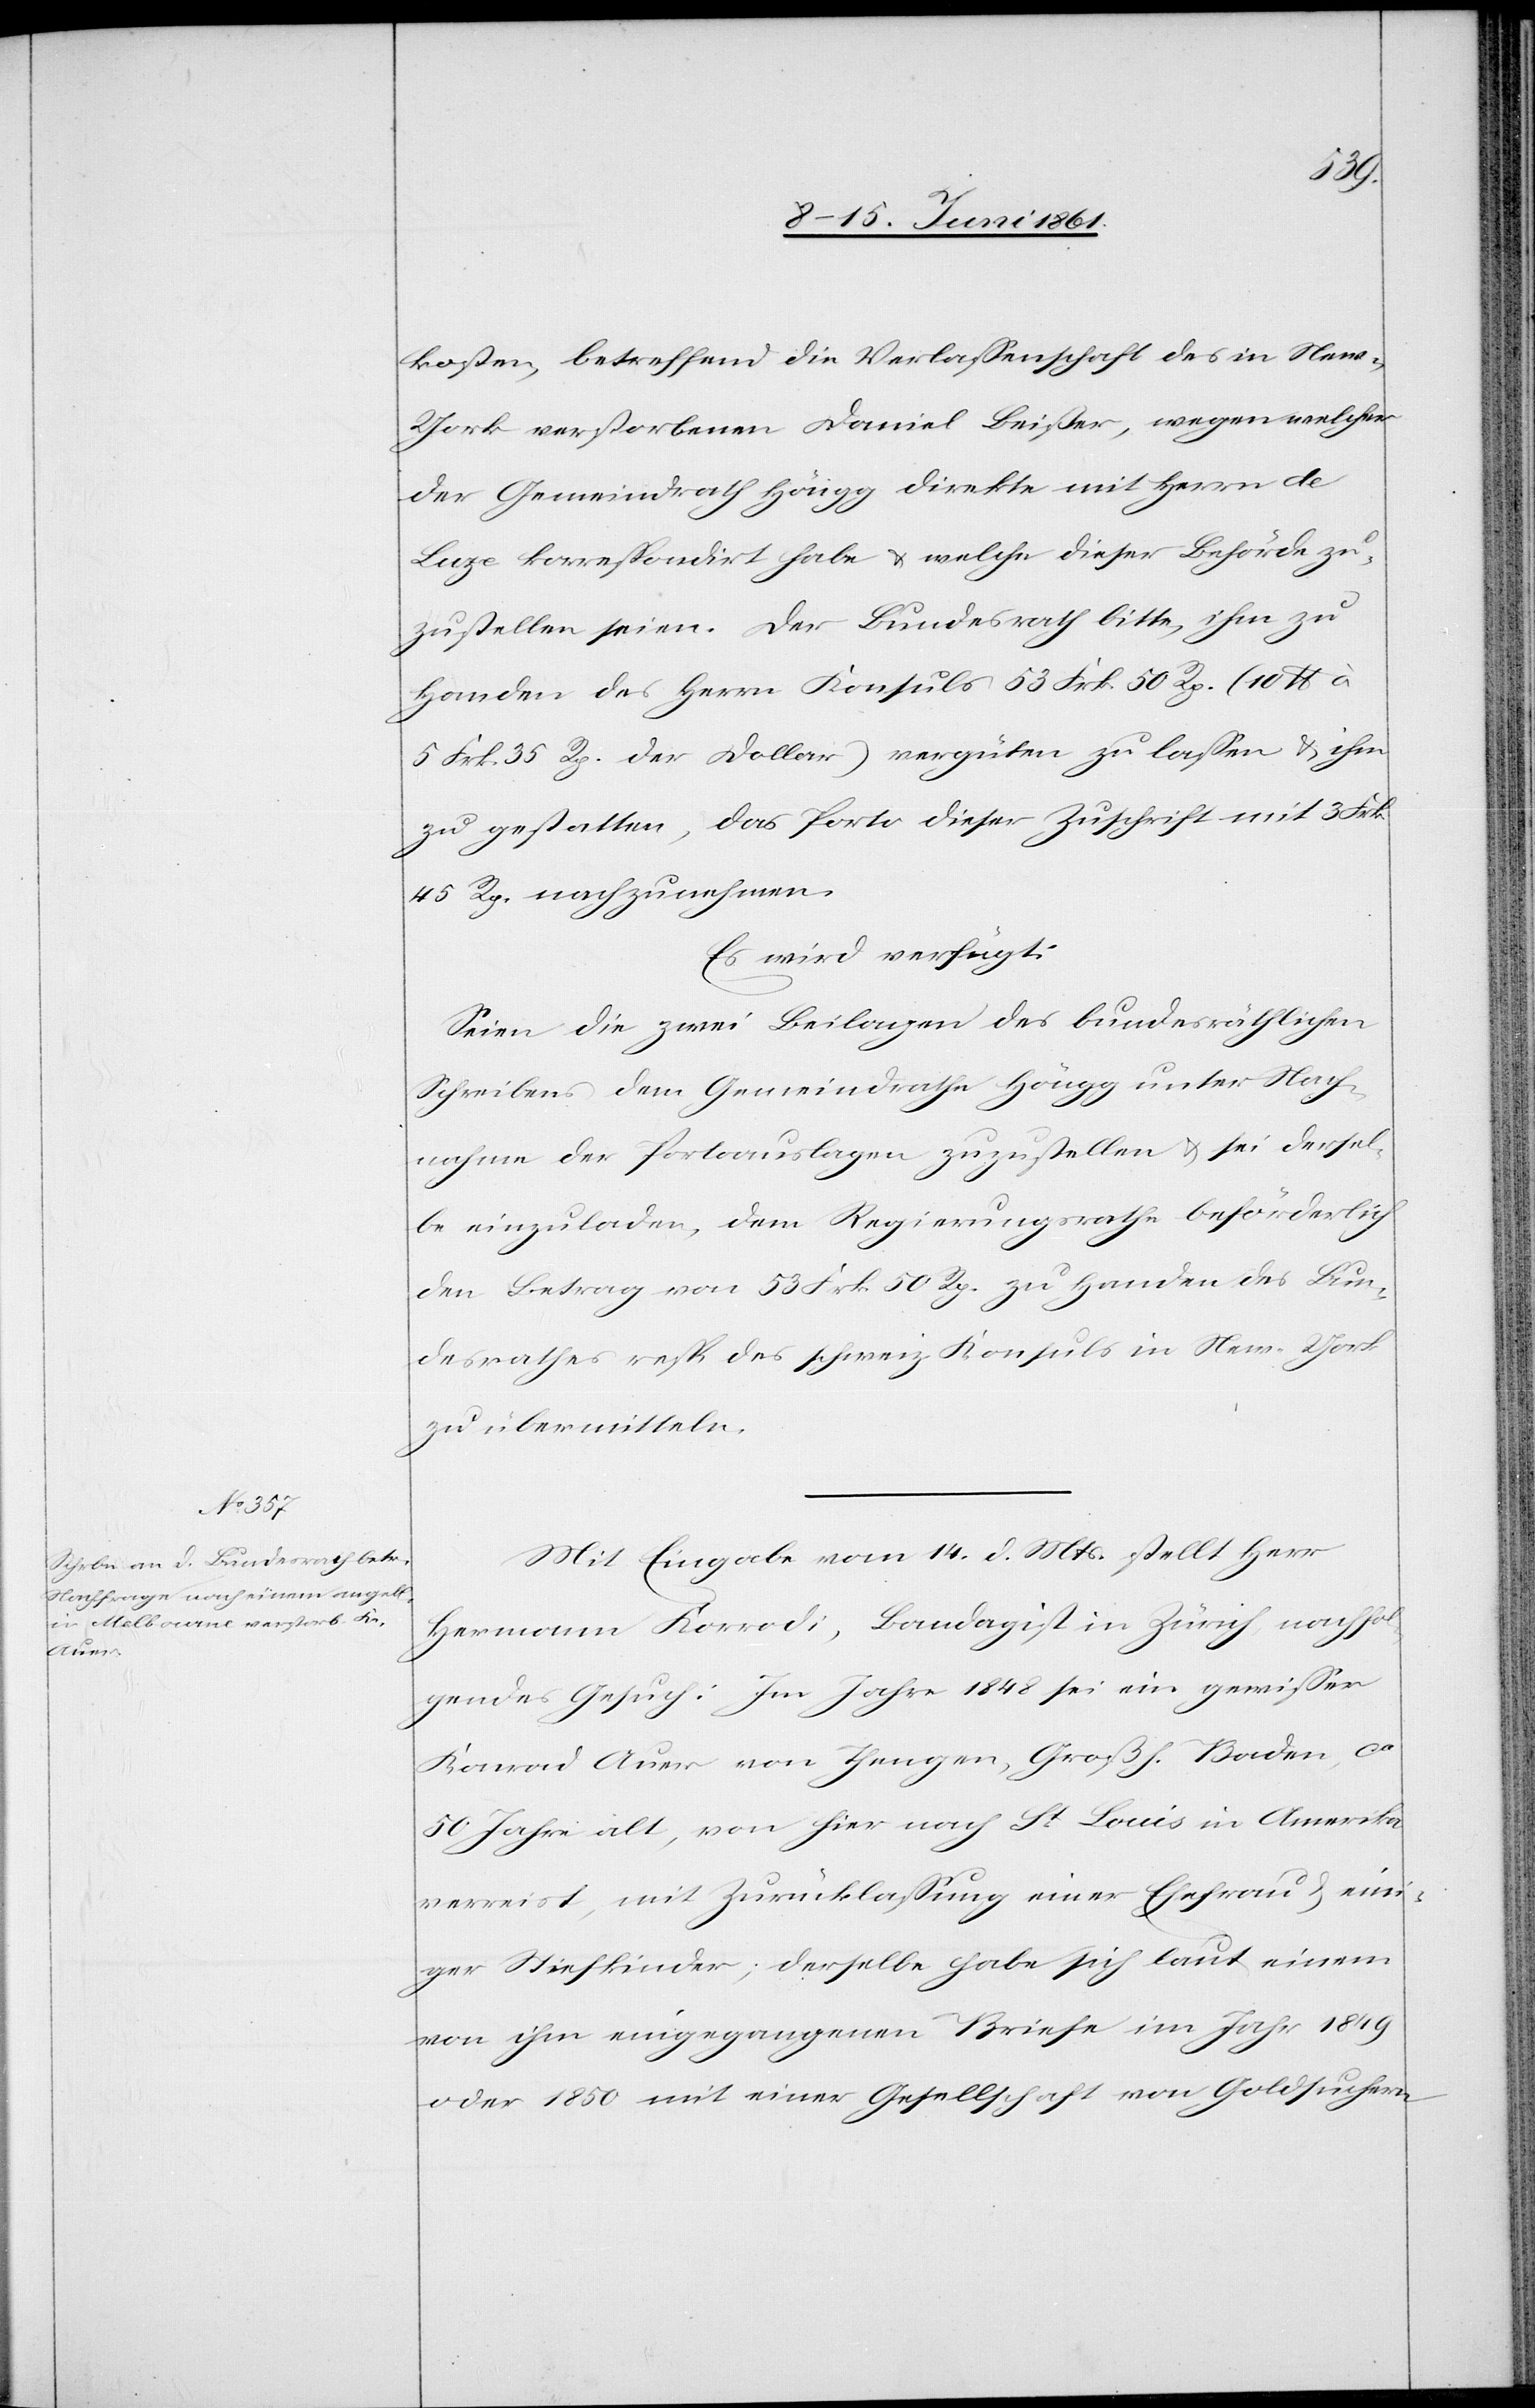
Actum

den

14.
kosten, betreffend die Verlassenschaft des in Ne¬
w-York verstorbenen Daniel Beißer, wegen welcher
der Gemeindrath Höngg direkte mit Herrn de
Luze korrespondirt habe u. welche dieser Behörde zu¬
zustellen seien. Der Bundesrath bitte, ihm zu
Handen des Herrn Konsuls 53 Frk. 50 Rp. (10 $
5 Frk. 35 Rp. der Dollar) vergüten zu lassen u. ihm
zu gestatten, das Porto dieser Zuschrift mit 3 Frk.
45 Rp. nachzunehmen.
Es wird verfügt:
Seien die zwei Beilagen des bundesräthlichen
Schreibens dem Gemeindrathe Höngg unter Nach¬
nahme der Portoauslagen zuzustellen u. sei dersel¬
be einzuladen, dem Regierungsrathe beförderlich
den Betrag von 53 Frk. 50 Rp. zu Handen des Bun¬
desrathes resp. des schweiz. Konsuls in New-York
zu übermitteln.
Mit Eingabe vom 14. d. Mts. stellt Herr
Hermann Korrodi, Bandagist in Zürich nachfol¬
gendes Geusch: Im Jahre 1848 sei ein gewisser
Konrad Auer von Thengen, Großh. Baden, ca
50 Jahre alt, von hier nach St. Louis in Amerika
verreist, mit Zurücklassung einer Ehefrau u. ein¬
iger Stiefkinder; derselbe habe sich laut einem
von ihm eingegangenen Briefe im Jahr 1849
oder 1850 mit einer Gesellschaft von Goldsuchern